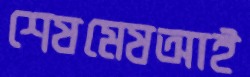
শেষমেষআই